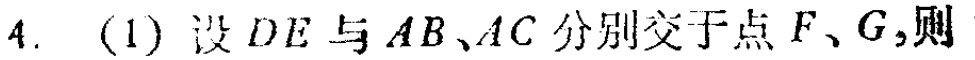
4. (1) 设 \(DE\) 与 \(AB、AC\) 分别交于点 \(F、G\)，则